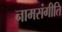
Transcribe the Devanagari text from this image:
नामसंगीति